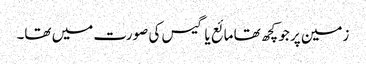
زمین پر جو کچھ تھا مائع یا گیس کی صورت میں تھا۔